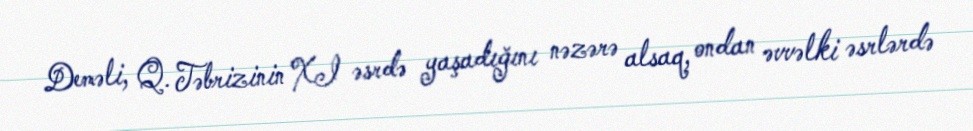
Deməli, Q. Təbrizinin XI əsrdə yaşadığını nəzərə alsaq, ondan əvvəlki əsrlərdə